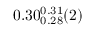
0 . 3 0 _ { 0 . 2 8 } ^ { 0 . 3 1 } ( 2 )